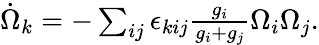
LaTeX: \begin{array}{r}{\dot{\Omega}_{k}=-\sum_{ij}\epsilon_{kij}\frac{g_{i}}{g_{i}+g_{j}}\Omega_{i}\Omega_{j}.}\end{array}